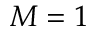
M = 1